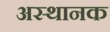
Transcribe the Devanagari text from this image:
अस्थानक